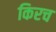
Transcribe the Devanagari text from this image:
किरच